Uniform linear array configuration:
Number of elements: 24
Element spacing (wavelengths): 0.25
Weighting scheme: cosine
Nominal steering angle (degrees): -30
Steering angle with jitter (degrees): -30.361
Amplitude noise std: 0.05
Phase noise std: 0.05

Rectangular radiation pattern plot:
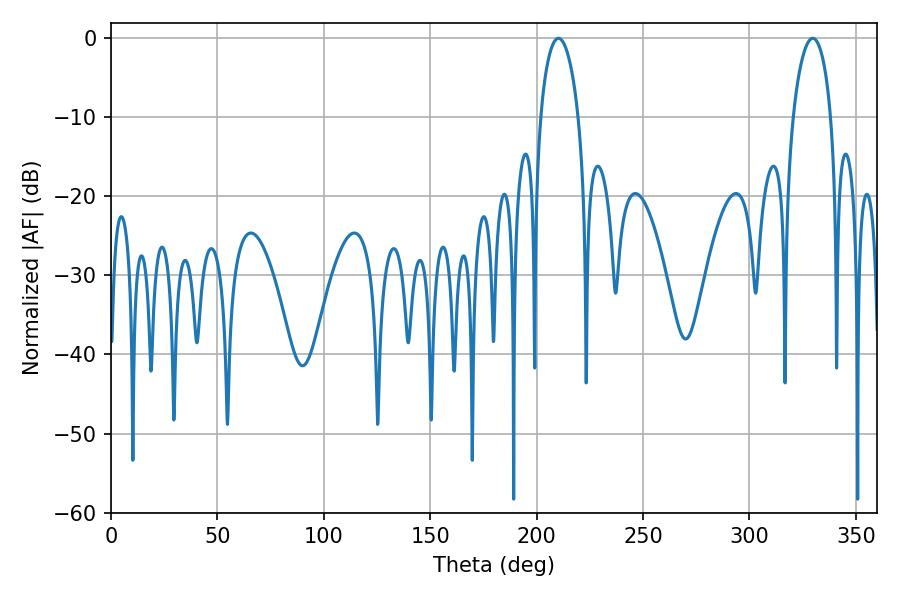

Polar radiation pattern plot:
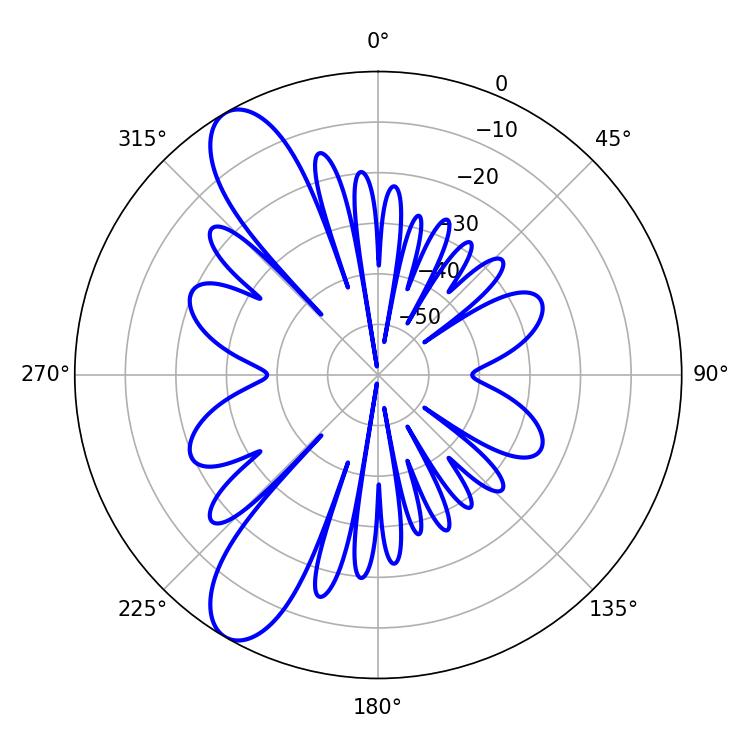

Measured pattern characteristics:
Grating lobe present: FALSE
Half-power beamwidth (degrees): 10.08
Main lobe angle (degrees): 210.24